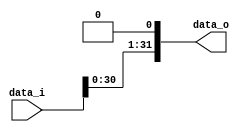
`timescale 1ns/1ps

module Shift_Left_1(
    input  		[32-1:0] data_i,
    output reg  [32-1:0] data_o
    );
/* Write your code HERE */

always @(*) begin
    data_o = data_i <<< 1;
end
endmodule